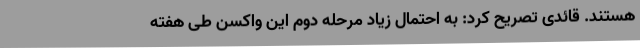
هستند. قائدی تصریح کرد: به احتمال زیاد مرحله دوم این واکسن طی هفته